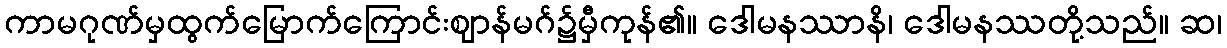
ကာမဂုဏ်မှထွက်မြောက်ကြောင်းဈာန်မဂ်၌မှီကုန်၏။ ဒေါမနဿာနိ၊ ဒေါမနဿတို့သည်။ ဆ၊